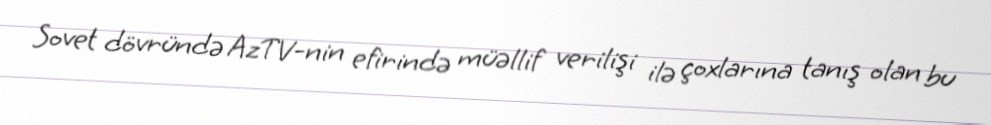
Sovet dövründə AzTV-nin efirində müəllif verilişi ilə çoxlarına tanış olan bu